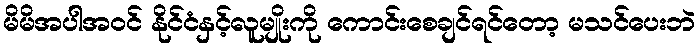
မိမိအပါအဝင် နိုင်ငံနှင့်လူမျိုးကို ကောင်းစေချင်ရင်တော့ မသင်ပေးဘဲ